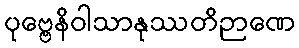
ပုဗ္ဗေနိဝါသာနုဿတိဉာဏေ